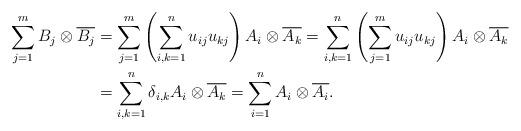
LaTeX: \begin{align*}\sum_{j=1}^m B_j \otimes \overline{B_j} &=\sum_{j=1}^m \left(\sum_{i, k=1}^n u_{ij} u_{kj} \right) A_i \otimes \overline{A_k} =\sum_{i, k=1}^n \left(\sum_{j=1}^m u_{ij} u_{kj} \right) A_i \otimes \overline{A_k} \\&= \sum_{i, k =1}^n \delta_{i,k} A_i \otimes \overline{A_k}=\sum_{i=1}^n A_i \otimes \overline{A_i}.\end{align*}